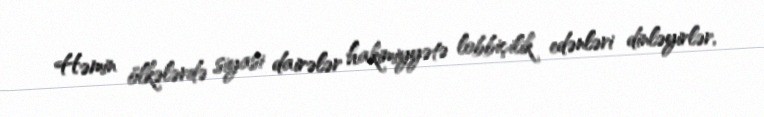
Həmin ölkələrdə siyasi dairələr hakimiyyətə lobbiçilik edənləri dinləyirlər,